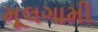
મૂલગામી